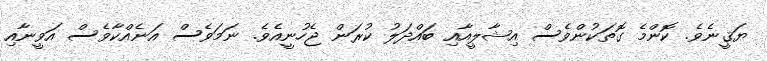
ޔަޤީނެވެ. ކޮންމެ ގޮތަކުންވެސް އިޝާލީއާއި ބައްދަލު ކުރަން ޖެހުނީއެވެ. ނަމަވެސް އަނެއްކާވެސް އަވީނާއި